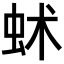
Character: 𧉱